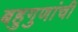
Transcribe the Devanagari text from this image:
बहुगुणांची